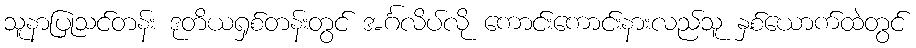
သူနာပြုသင်တန်း ဒုတိယရှစ်တန်းတွင် အင်္ဂလိပ်လို ကောင်းကောင်းနားလည်သူ နှစ်ယောက်ထဲတွင်